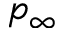
p _ { \infty }